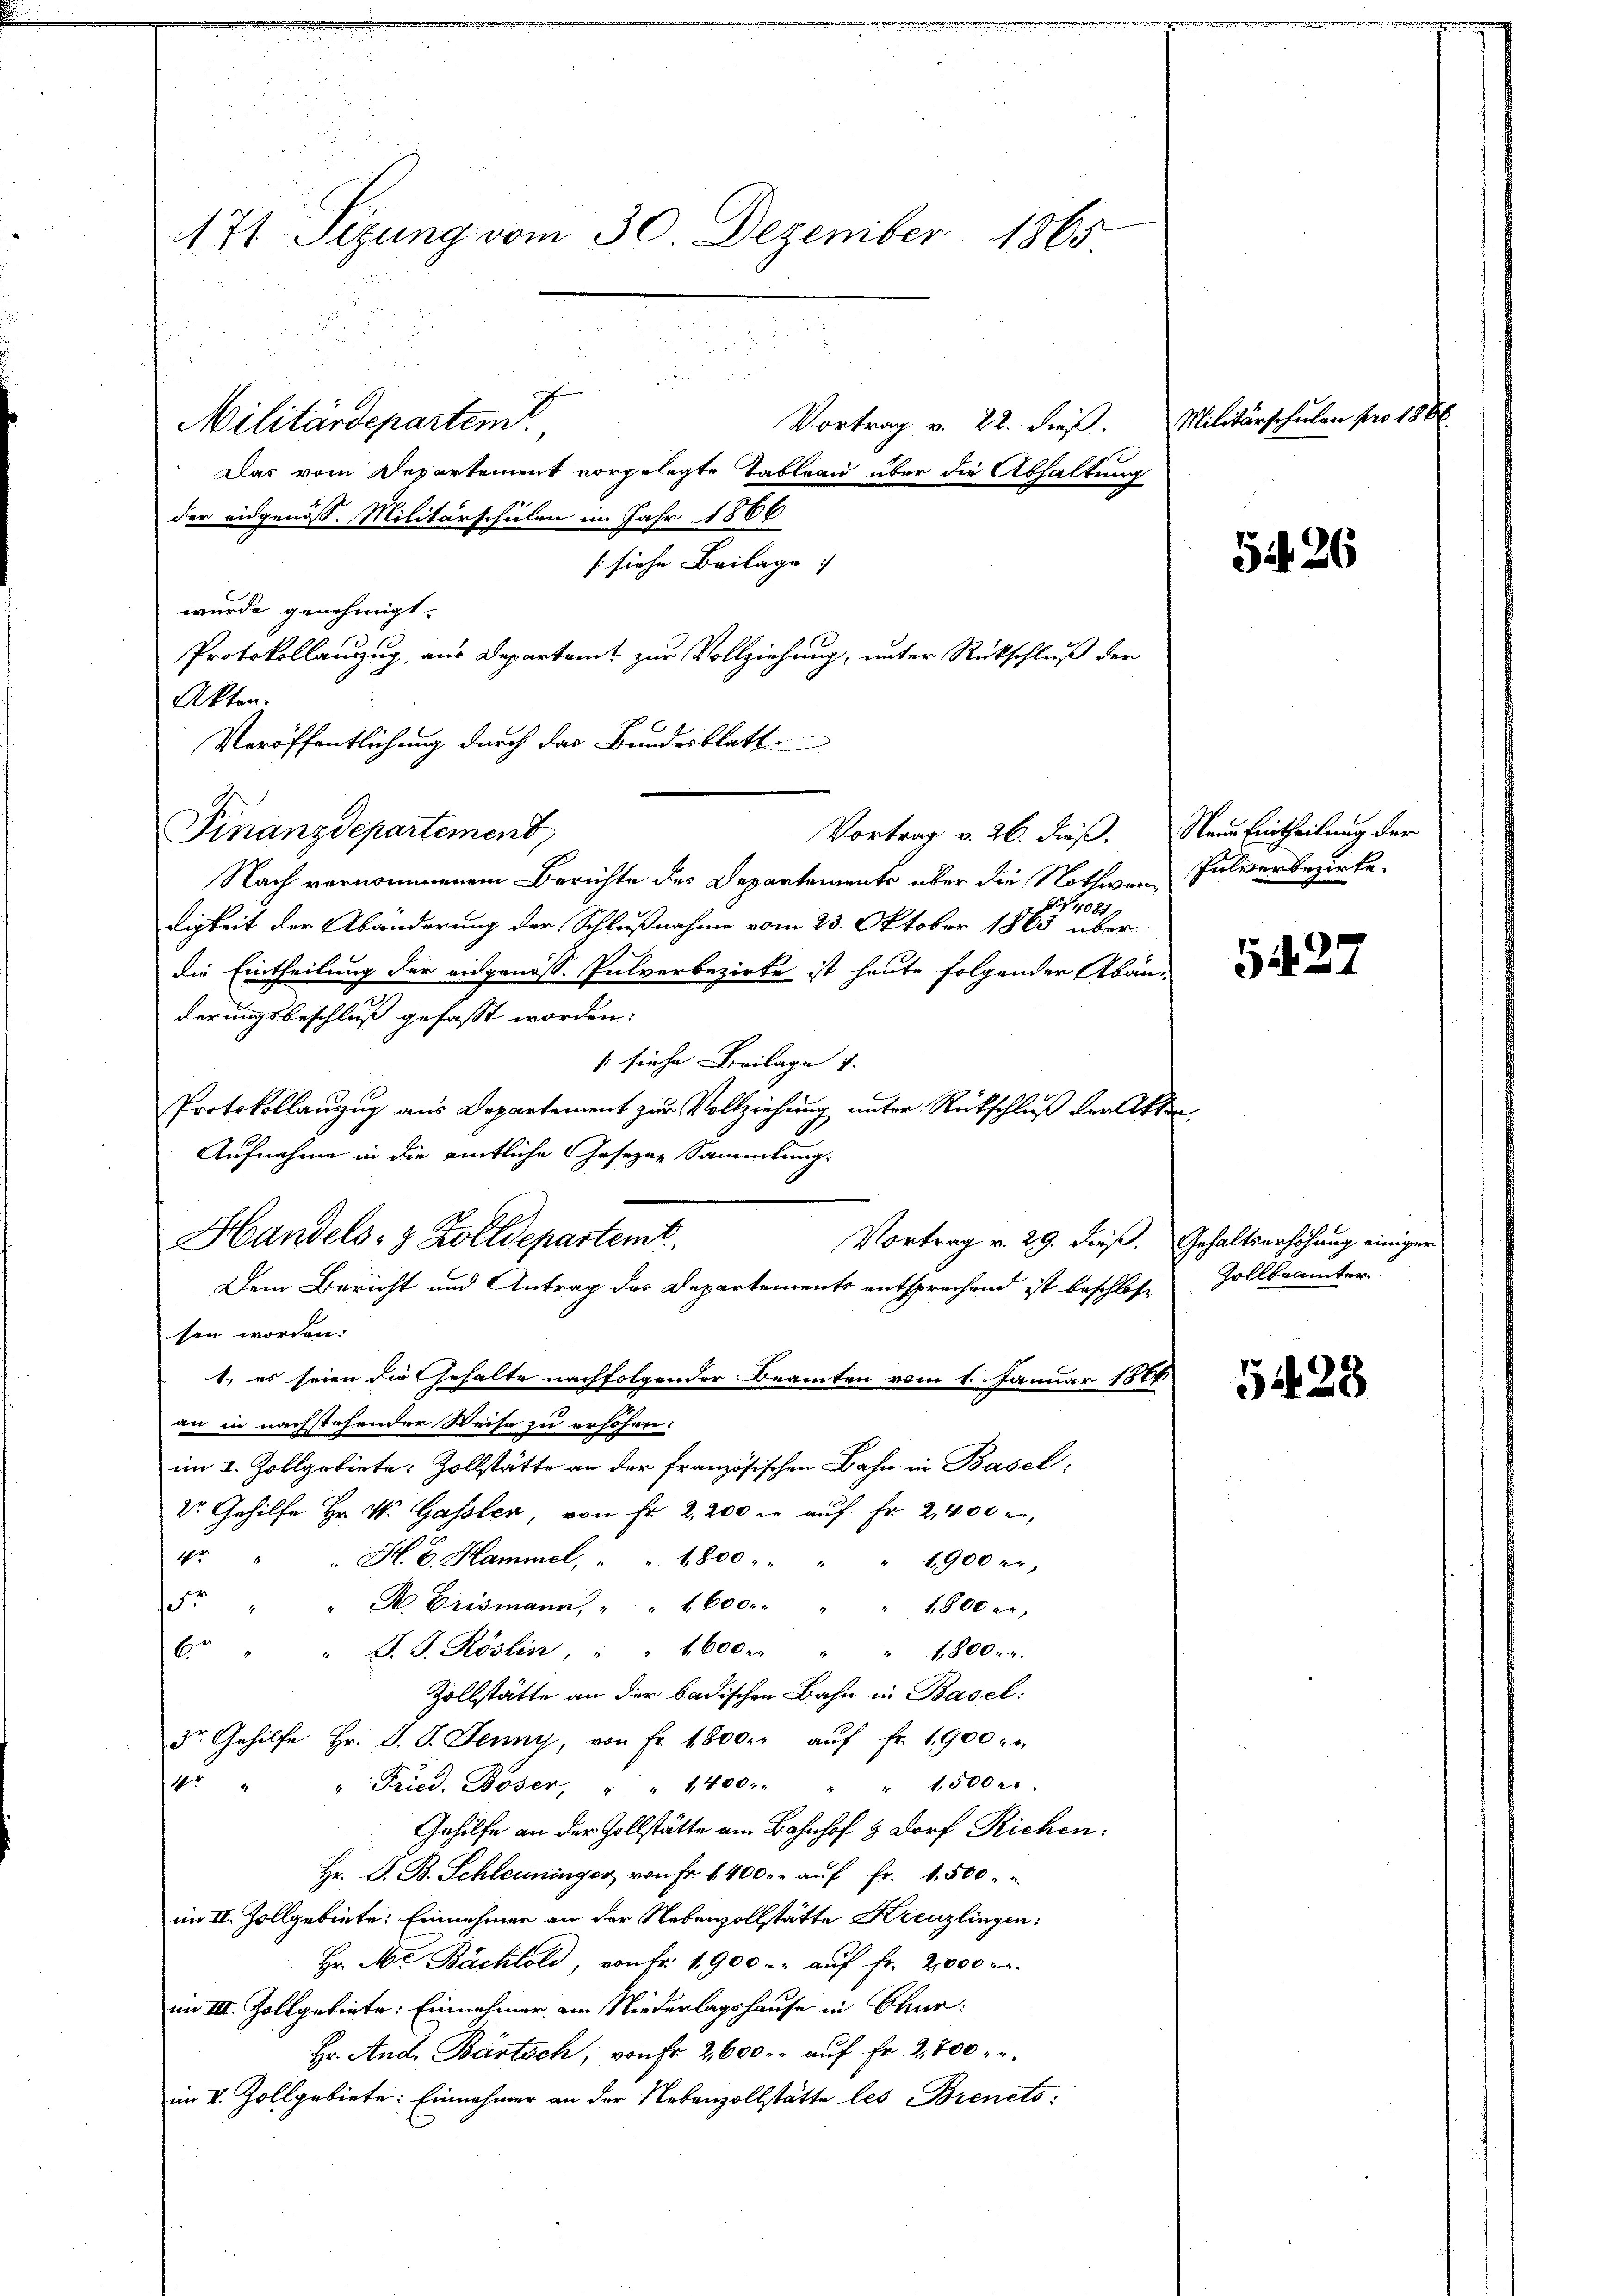
171 Sizung vom 30. Dezember 1865

Militärdeparten.

Finanzdepartement

Handels- & Zolldepartemt

Das vom Departement vorgelegte Tableau über die Abhaltung
der eidgenöss. Militärschulen im Jahr 1866
[siehe Beilage
wurde genehmigt.
Protokollanzug, aus Departeit zur Vollziehung, unter Rückschluß der
Akten.
Veröffentlichung durch das Bundesblatt
Nach vernommenem Berichte des Departements über die Nothwen¬
1406.
digkeit der Abänderung der Schlußnahme vom 23. Oktober 1863 über
die Eintheilung der eidgenöss. Pulverbezirke ist heute folgender Abänderungsbeschluß gefasst worden:
s siehe Beilage v.
Protokollanzug aus Departement zur Vollziehung unter Rückschluß der Akten.
Aufnahme in die amtliche Gesezen Sammlung.
Vortrag v. 29. dieß.
Dem Bericht und Antrag des Departements entsprochend ist beschloße
sen worden.
1.) es seien die Gehalte nachfolgender Beamten vom 1. Januar 1884
an in nachstehender Weise zu erschen.
im I. Zollgebiete. Zollstätte an der französischen Bahn in Basel,
Dr. Gehilfe Hr. W. Gassler, von Fr. 2,200 l. auf Fr. 2400 an,
4 " " H. B. Hammel, " " 1800 " " " " 1900 er
5r " " Der Erismann, " " 1600. " " 1800 er,
6 J. J. Röslin, " " 1600. " " 1800 er
Zollstätte an der badischen Bahn in Basel:
3r. Gehilfe Hr. J. J. Jenny, von Fr. 1800. aŭf fr. 1900 er
4r " " Fried. Boser, " " 1400 " " 15000.
Gehilfe an der Zollstätte am Bahnhof & Dorf Richen:
Hr. G. B. Schleuninger von Fr. 1400.- aŭf fr. 1,500.
im II. Zollgebiete: Einnehmer an der Nebenzollstätte Kreuzlingen:
Hr. M. Bächtold, von fr. 1900 u. aŭf fr. 2000
im III. Zollgebiete: Einnahmer am Niederlagshause in Chur:
Hr. And. Bartsch, von Fr. 2600 r. auf Fr. 2500 r.
im II. Zollgebiete: Einnehmer an der Nebenzollstätte les Brenets.

Vortrag v. 26. dieß.

Vortrag v. 22. dieß.

Militärschulen pro 186

526

Naue Eintheilung der
Julverbezirke.

5427

Gehaltserhöhung einiger
Vollbeamter

5428